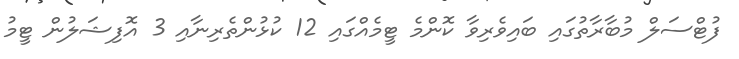
ފުޓްސަލް މުބާރާތުގައި ބައިވެރިވާ ކޮންމެ ޓީމެއްގައި 12 ކުޅުންތެރިނާއި 3 އޮފިޝަލުން ޓީމު